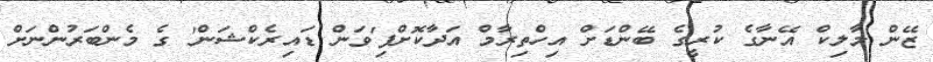
ޒޭން މާލިކް އޭނާގެ ކުރީގެ ބޭންޑަށް އިހްތިރާމް އަދާކޮށްފި'ވަން ޑައިރެކްޝަން' ގެ މެންބަރުންނަށް